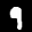
Label: 9